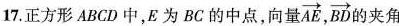
17.正方形ABCD中，E为BC的中点，向量\overrightarrow{AE},\overrightarrow{BD} 的夹角